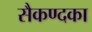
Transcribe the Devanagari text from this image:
सैकण्दका